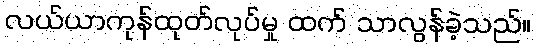
လယ်ယာကုန်ထုတ်လုပ်မှု ထက် သာလွန်ခဲ့သည်။